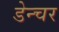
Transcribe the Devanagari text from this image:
डेन्चर